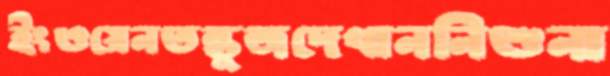
ইংওয়েনতন্তুজদেখাননিশুনা